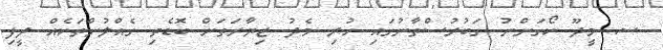
ސ. މީދޫ ކޯގަންނު ގަބުރުސްތާނުގައި ހުރި މެދު ޒިޔާރަތަށް ބޮޑެތި ގެއްލުންތަކެއް ދީފި